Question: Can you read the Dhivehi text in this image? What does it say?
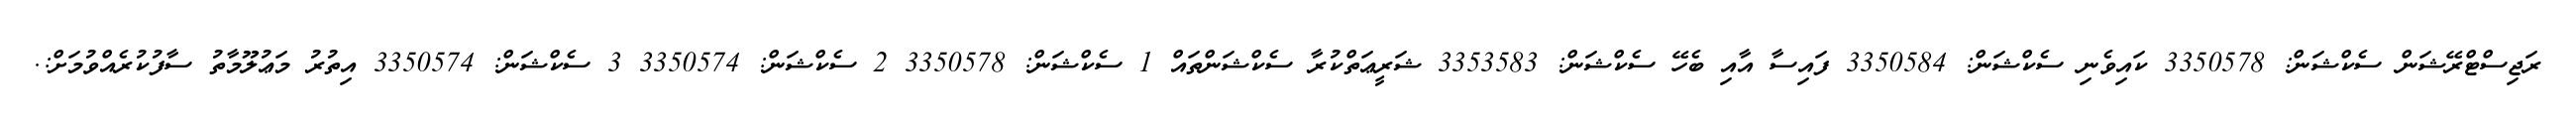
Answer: ރަޖިސްޓްރޭޝަން ސެކްޝަން: 3350578 ކައިވެނި ސެކްޝަން: 3350584 ފައިސާ އާއި ބެހޭ ސެކްޝަން: 3353583 ޝަރީޢަތްކުރާ ސެކްޝަންތައް 1 ސެކްޝަން: 3350578 2 ސެކްޝަން: 3350574 3 ސެކްޝަން: 3350574 އިތުރު މަޢުލޫމާތު ސާފުކުރެއްވުމަށް:.